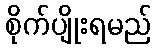
စိုက်ပျိုးရမည်